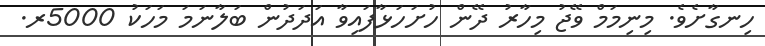
ހިނގާށެވެ. މިނިމަމް ވޭޖު މިހާރު ދޭން ހުށަހަޅާފައިވާ އަދަދުން ބަލާނަމަ މަހަކު 5000ރ.